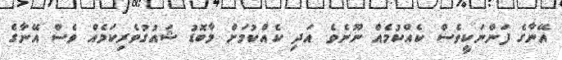
އޭނާގެ ފަންނަކީވެސް ކެއްކުމެއް ނޫނެވެ. އަދި ކެއްކުމަށް މާބޮޑު ޝައުގުވެރިކަމެއް ވެސް އޭނާގެ